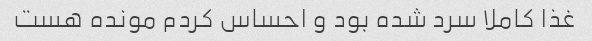
غذا کاملا سرد شده بود و احساس کردم مونده هست